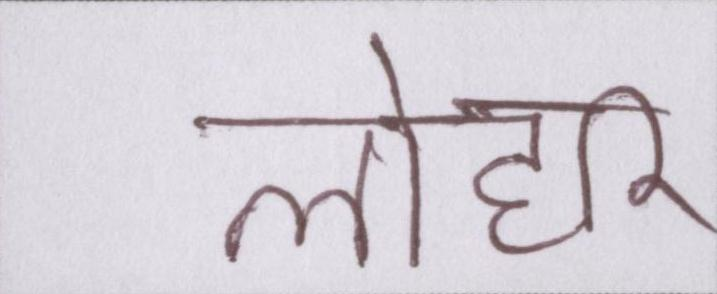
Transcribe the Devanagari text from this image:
लोहार